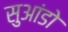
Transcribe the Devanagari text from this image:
सुआंडो